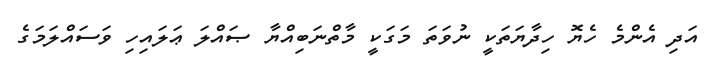
އަދި އެންމެ ހެޔޮ ހިދާޔަތަކީ ނުވަތަ މަގަކީ މާތްނަބިއްޔާ ޞައްލަ ޢަލައިހި ވަސައްލަމަގެ